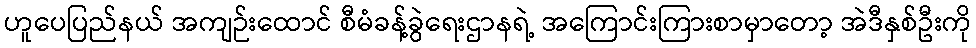
ဟူပေပြည်နယ် အကျဉ်းထောင် စီမံခန့်ခွဲရေးဌာနရဲ့ အကြောင်းကြားစာမှာတော့ အဲဒီနှစ်ဦးကို